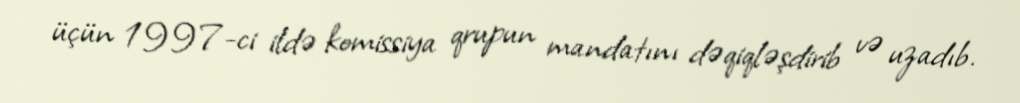
üçün 1997-ci ildə komissiya qrupun mandatını dəqiqləşdirib və uzadıb.